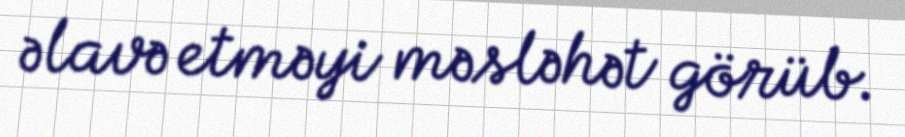
əlavə etməyi məsləhət görüb.